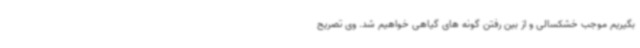
بگیریم موجب خشکسالی و از بین رفتن گونه های گیاهی خواهیم شد. وی تصریح